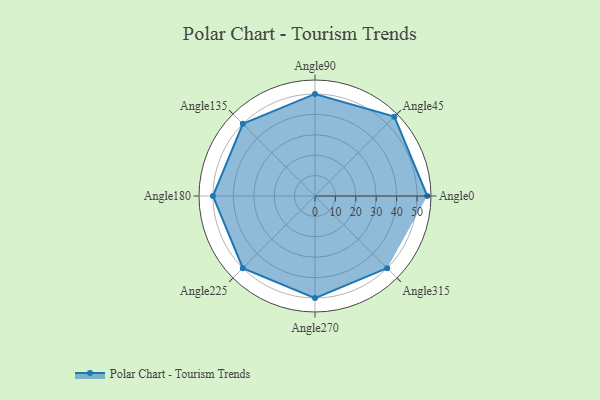
{"axis": {"x": "Angle", "y": "Radius"}, "legend": [""], "data": [{"x": "Angle0", "y": 55.0, "type": ""}, {"x": "Angle45", "y": 55.0, "type": ""}, {"x": "Angle90", "y": 50, "type": ""}, {"x": "Angle135", "y": 50, "type": ""}, {"x": "Angle180", "y": 50.0, "type": ""}, {"x": "Angle225", "y": 50, "type": ""}, {"x": "Angle270", "y": 50, "type": ""}, {"x": "Angle315", "y": 50, "type": ""}]}